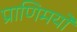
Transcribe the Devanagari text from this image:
प्राणिमयों